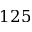
1 2 5